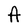
Character: A